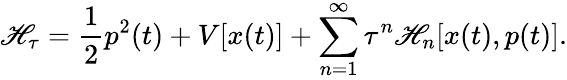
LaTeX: \mathscr{H}_{\tau}=\frac{{1}}{{2}}p^{2}(t)+V[x(t)]+\sum_{n=1}^{\infty}\tau^{n}\mathscr{H}_{n}[x(t),p(t)].